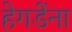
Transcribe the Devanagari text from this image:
हेगडेंना